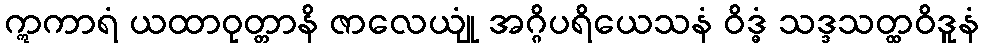
ဣကာရံ ယထာဝုတ္တာနိ ဇာလေယျုံ အဂ္ဂိပရိယေသနံ ဝိဒ္ဓံ သဒ္ဒသတ္ထဝိဒူနံ